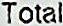
TOTAL